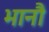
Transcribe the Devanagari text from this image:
भानौ